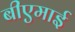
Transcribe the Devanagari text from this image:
बीएमाई